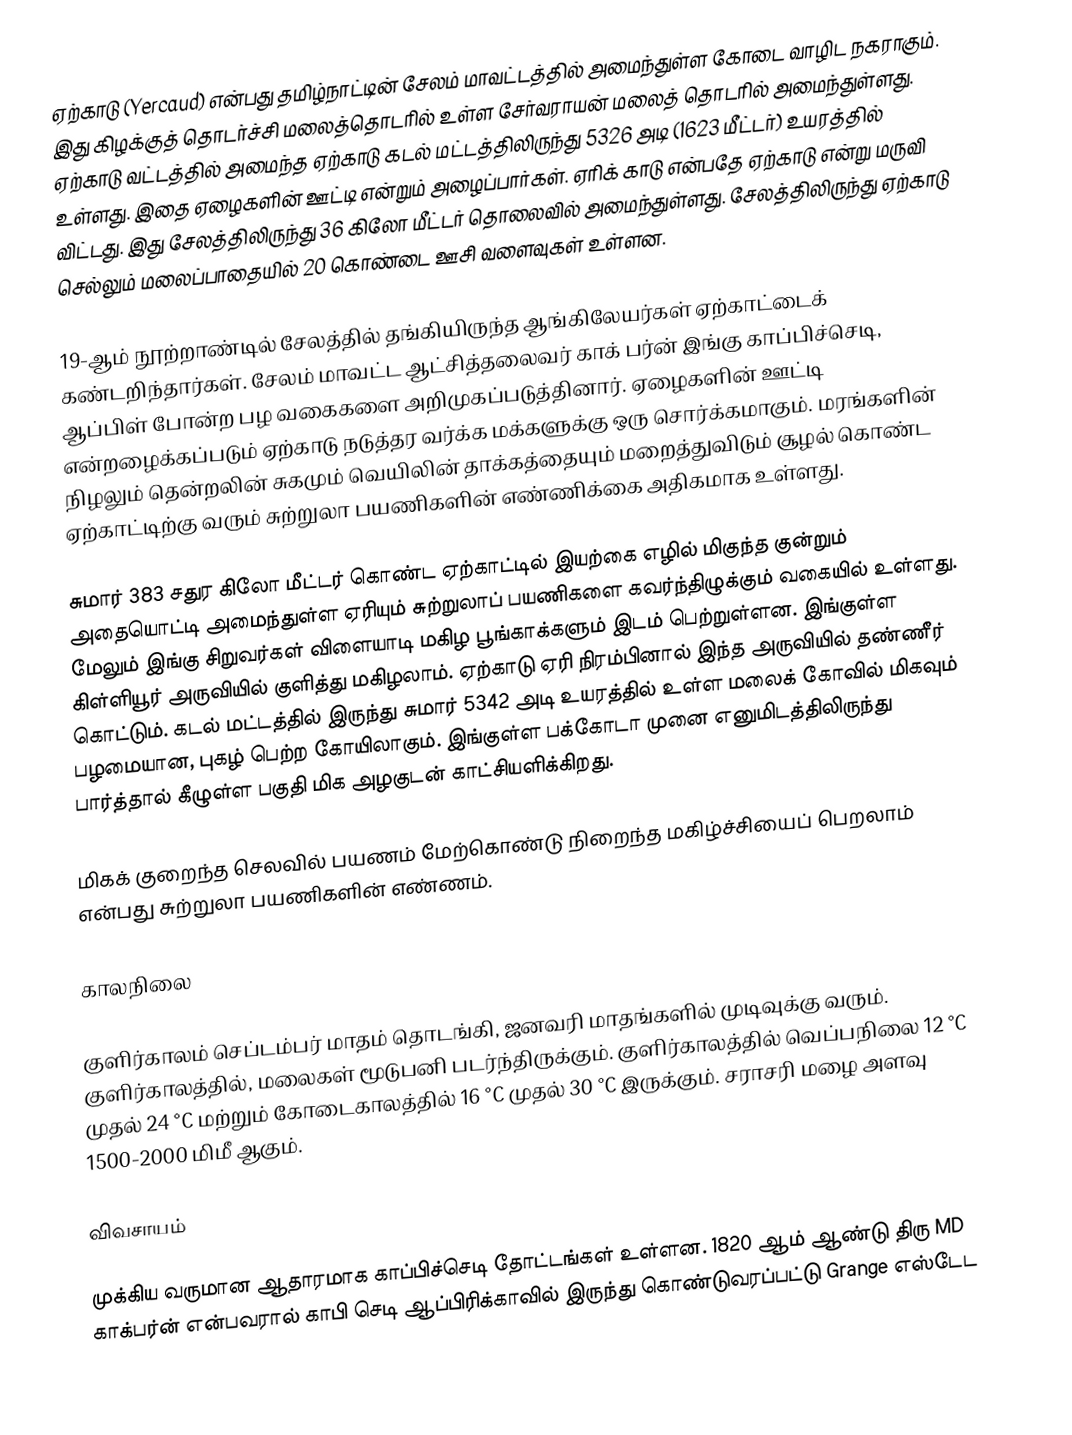
ஏற்காடு (Yercaud) என்பது தமிழ்நாட்டின் சேலம் மாவட்டத்தில் அமைந்துள்ள கோடை வாழிட நகராகும்.  இது கிழக்குத் தொடர்ச்சி மலைத்தொடரில் உள்ள சேர்வராயன் மலைத் தொடரில் அமைந்துள்ளது. ஏற்காடு வட்டத்தில் அமைந்த ஏற்காடு கடல் மட்டத்திலிருந்து 5326 அடி (1623 மீட்டர்) உயரத்தில் உள்ளது. இதை ஏழைகளின் ஊட்டி என்றும் அழைப்பார்கள். ஏரிக் காடு என்பதே ஏற்காடு என்று மருவி விட்டது. இது சேலத்திலிருந்து 36 கிலோ மீட்டர் தொலைவில் அமைந்துள்ளது. சேலத்திலிருந்து ஏற்காடு செல்லும் மலைப்பாதையில் 20 கொண்டை ஊசி வளைவுகள் உள்ளன.

19-ஆம் நூற்றாண்டில் சேலத்தில் தங்கியிருந்த ஆங்கிலேயர்கள் ஏற்காட்டைக் கண்டறிந்தார்கள். சேலம் மாவட்ட ஆட்சித்தலைவர் காக் பர்ன் இங்கு காப்பிச்செடி, ஆப்பிள் போன்ற பழ வகைகளை அறிமுகப்படுத்தினார். ஏழைகளின் ஊட்டி என்றழைக்கப்படும் ஏற்காடு நடுத்தர வர்க்க மக்களுக்கு ஒரு சொர்க்கமாகும். மரங்களின் நிழலும் தென்றலின் சுகமும் வெயிலின் தாக்கத்தையும் மறைத்துவிடும் சூழல் கொண்ட ஏற்காட்டிற்கு வரும் சுற்றுலா பயணிகளின் எண்ணிக்கை அதிகமாக உள்ளது.

சுமார் 383 சதுர கிலோ மீட்டர் கொண்ட ஏற்காட்டில் இயற்கை எழில் மிகுந்த குன்றும் அதையொட்டி அமைந்துள்ள ஏரியும் சுற்றுலாப் பயணிகளை கவர்ந்திழுக்கும் வகையில் உள்ளது. மேலும் இங்கு சிறுவர்கள் விளையாடி மகிழ பூங்காக்களும் இடம் பெற்றுள்ளன. இங்குள்ள  கிள்ளியூர் அருவியில் குளித்து மகிழலாம். ஏற்காடு ஏரி நிரம்பினால் இந்த அருவியில் தண்ணீர் கொட்டும். கடல் மட்டத்தில் இருந்து சுமார் 5342 அடி உயரத்தில் உள்ள மலைக் கோவில் மிகவும் பழமையான, புகழ் பெற்ற கோயிலாகும். இங்குள்ள பக்கோடா முனை எனுமிடத்திலிருந்து பார்த்தால் கீழுள்ள பகுதி மிக அழகுடன் காட்சியளிக்கிறது.

மிகக் குறைந்த செலவில் பயணம் மேற்கொண்டு நிறைந்த மகிழ்ச்சியைப் பெறலாம் என்பது சுற்றுலா பயணிகளின் எண்ணம்.

காலநிலை

குளிர்காலம் செப்டம்பர் மாதம் தொடங்கி, ஜனவரி மாதங்களில் முடிவுக்கு வரும். குளிர்காலத்தில், மலைகள் மூடுபனி படர்ந்திருக்கும். குளிர்காலத்தில் வெப்பநிலை 12 °C முதல் 24 °C மற்றும் கோடைகாலத்தில் 16 °C முதல் 30 °C இருக்கும். சராசரி மழை அளவு 1500-2000 மிமீ ஆகும்.

விவசாயம்

முக்கிய வருமான ஆதாரமாக காப்பிச்செடி தோட்டங்கள் உள்ளன. 1820 ஆம் ஆண்டு திரு MD காக்பர்ன் என்பவரால் காபி செடி ஆப்பிரிக்காவில் இருந்து கொண்டுவரப்பட்டு Grange எஸ்டேட